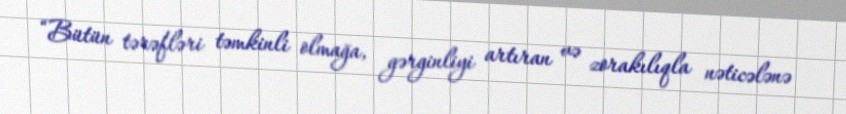
“Bütün tərəfləri təmkinli olmağa, gərginliyi artıran və zorakılıqla nəticələnə